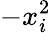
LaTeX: -x_{i}^{2}